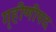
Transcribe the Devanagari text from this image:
गृहीणीपद